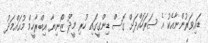
ޑައިވަރުންނާއެކު އެ ސަރަހައްދަށް ގޮސް ޑިންގީގައި ހުރި މީދޫ ޒޯނިޔާ އިބްރާހީމް މުޙައްމަދު